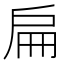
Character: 扁